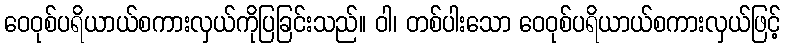
ဝေဝုစ်ပရိယာယ်စကားလှယ်ကိုပြခြင်းသည်။ ဝါ၊ တစ်ပါးသော ဝေဝုစ်ပရိယာယ်စကားလှယ်ဖြင့်